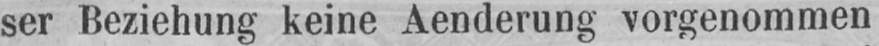
ser Beziehung keine Aenderung vorgenommen